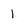
Character: 1